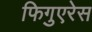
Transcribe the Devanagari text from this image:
फिगुएरेस